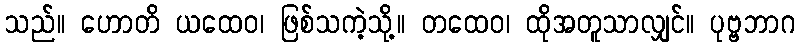
သည်။ ဟောတိ ယထေဝ၊ ဖြစ်သကဲ့သို့။ တထေဝ၊ ထိုအတူသာလျှင်။ ပုဗ္ဗဘာဂ